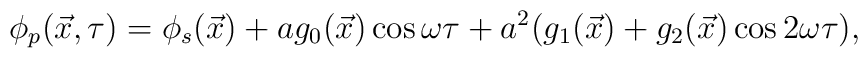
\phi_p (\vec{x},\tau ) = \phi_s (\vec{x}) + a g_0(\vec{x})\cos \omega \tau+ a^2 ( g_1 (\vec{x}) + g_2 (\vec{x}) \cos 2\omega \tau ),